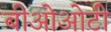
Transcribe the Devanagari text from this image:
बीओओटी